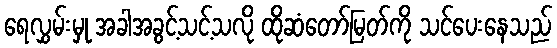
ရေလွှမ်းမှု အခါအခွင့်သင့်သလို ထိုဆံတော်မြတ်ကို သင်ပေးနေသည်